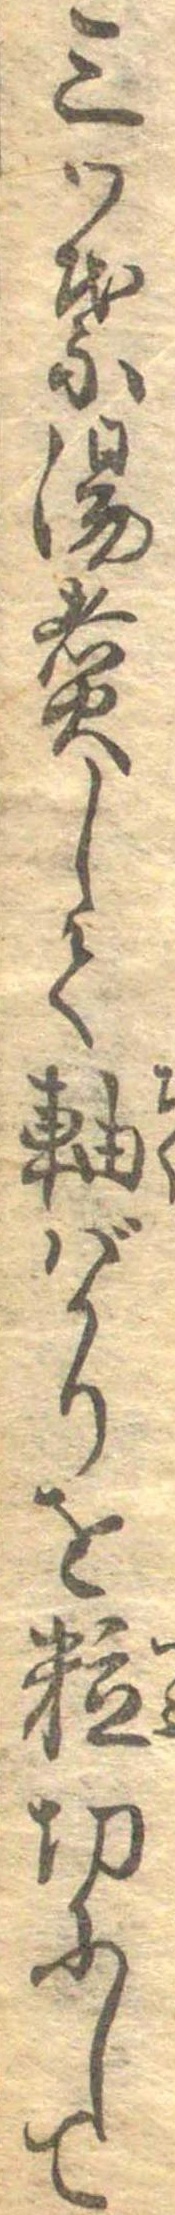
三つ葉湯煮して軸ばかりを粒切にして